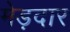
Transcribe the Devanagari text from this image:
मेड़दार